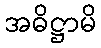
အဓိဋ္ဌာမိ